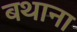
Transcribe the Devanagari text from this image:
बथाना